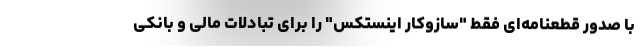
با صدور قطعنامه‌ای فقط "سازوکار اینستکس" را برای تبادلات مالی و بانکی